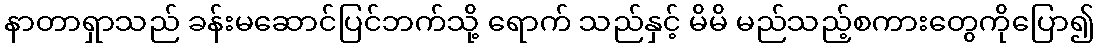
နာတာရှာသည် ခန်းမဆောင်ပြင်ဘက်သို့ ရောက် သည်နှင့် မိမိ မည်သည့်စကားတွေကိုပြော၍